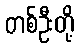
တစ်ဦးတို့